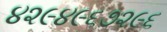
૪૨૯૪૯૬૭૨૯૬